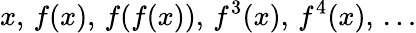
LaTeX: x,\, f(x),\, f(f(x)),\, f^{3}(x),\, f^{4}(x),\, \ldots